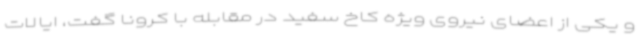
و یکی از اعضای نیروی ویژه کاخ سفید در مقابله با کرونا گفت، ایالات